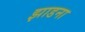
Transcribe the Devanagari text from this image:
झाडना